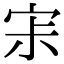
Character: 𡧯